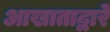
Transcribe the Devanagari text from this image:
आखाताद्वारे